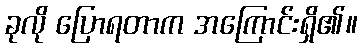
ခုလို ပြောရတာက အကြောင်းရှိ၏။